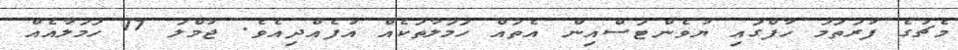
މެޗުގެ ފުރަތަމަ ހާފްގައި ޔުވެންޓަސްއިން އެތައް ހަމަލާތަކެއް އުފެއްދިއެވެ. ޖުމްލަ 17 ހަމަލާއެއް